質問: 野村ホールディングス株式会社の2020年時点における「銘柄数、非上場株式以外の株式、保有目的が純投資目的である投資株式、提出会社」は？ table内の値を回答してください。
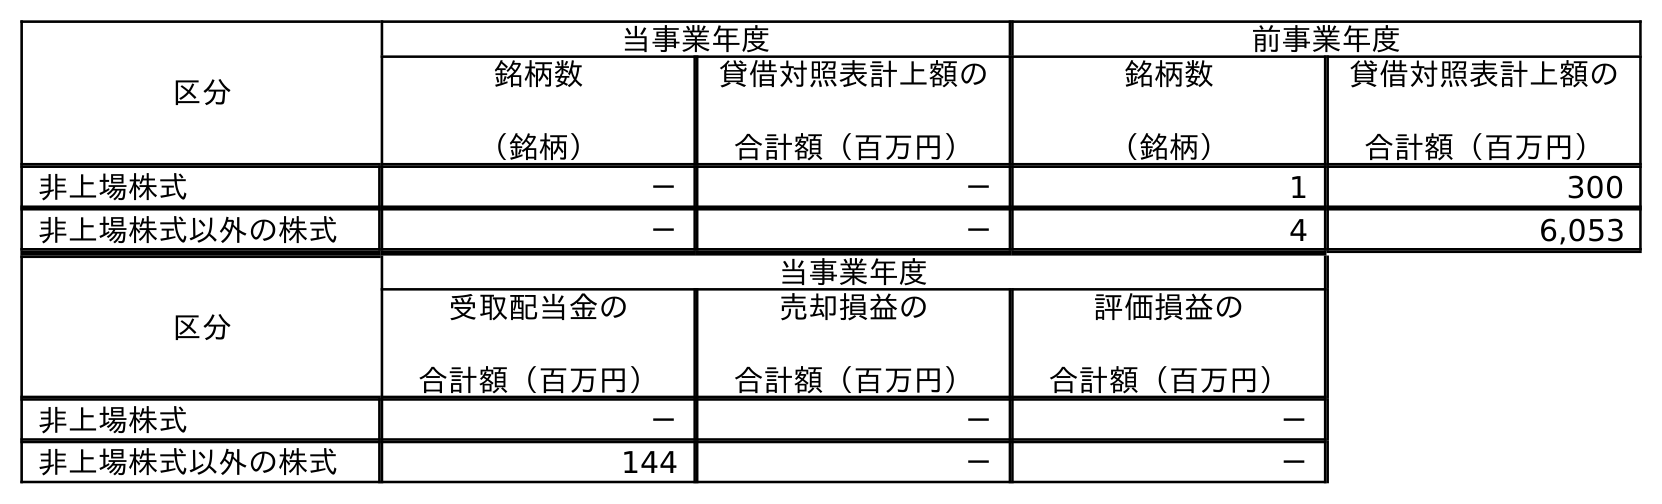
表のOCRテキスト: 区分 当事業年度 前事業年度 銘柄数 （銘柄） 貸借対照表計上額の 合計額（百万円） 銘柄数 （銘柄） 貸借対照表計上額の 合計額（百万円） 非上場株式 － － 1 300 非上場株式以外の株式 － － 4 6,053 区分 当事業年度 受取配当金の 合計額（百万円） 売却損益の 合計額（百万円） 評価損益の 合計額（百万円） 非上場株式 － － － 非上場株式以外の株式 144 － －
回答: －